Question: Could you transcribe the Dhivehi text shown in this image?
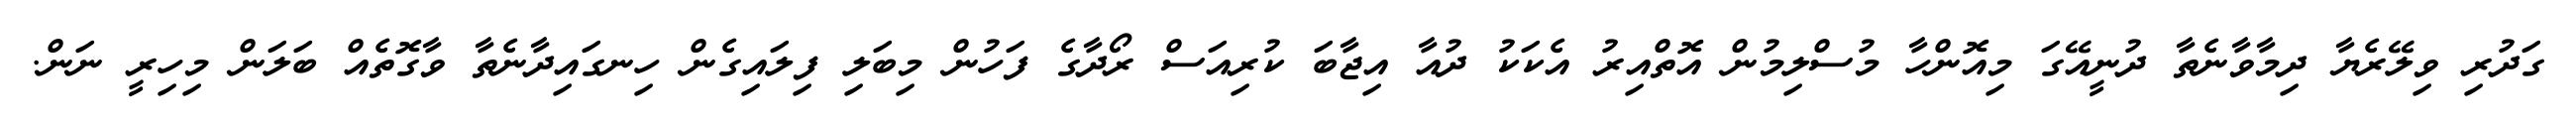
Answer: ގަދުރި ވިލޭރެޔާ ދިމާވާނެތާ ދުނީއޭގަ މިއޮންހާ މުސްލިމުން އޮތްއިރު އެކަކު ދުއާ އިޖާބަ ކުރިއަސް ރޯދާގެ ފަހުން މިބަލި ފިލައިގެން ހިނގައިދާނެތާ ވާގޮތެއް ބަލަން މިހިރީ ނަން.